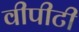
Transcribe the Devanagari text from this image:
वीपीटी